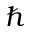
\hbar